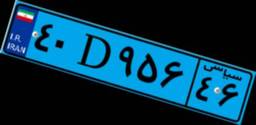
۶۲D۶۲۰۰۸